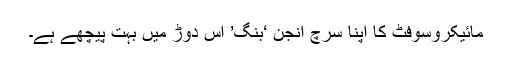
مائیکروسوفٹ کا اپنا سرچ انجن ‘بِنگ’ اس دوڑ میں بہت پیچھے ہے۔